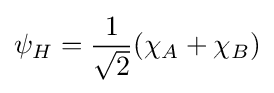
\psi _{H}={\frac {1}{\sqrt {2}}}(\chi _{A}+\chi _{B})